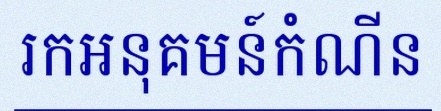
រកអនុគមន៍កំណើន